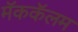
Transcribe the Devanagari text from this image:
मॅककॅलम